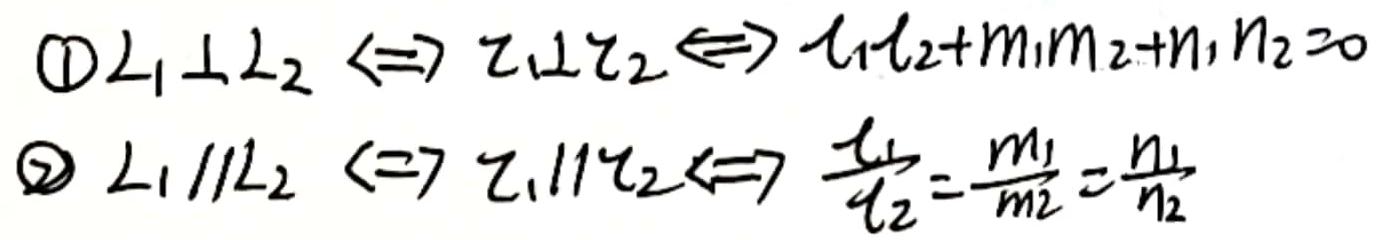
$\textcircled{1}L_1\perpL_2\Leftrightarrow\tau_1\perp\tau_2\Leftrightarrowl_1l_2+m_1m_2+n_1n_2=0$\\
$\textcircled{2}L_1\parallelL_2\Leftrightarrow\tau_1\parallel\tau_2\Leftrightarrow\frac{l_1}{l_2}=\frac{m_1}{m_2}=\frac{n_1}{n_2}$